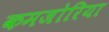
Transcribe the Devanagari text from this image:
कमजोरिया